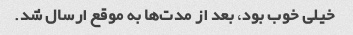
خیلی خوب بود، بعد از مدت‌ها به موقع ارسال شد.